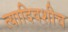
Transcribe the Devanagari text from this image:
त्यादिवशीच